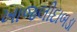
ખાજલીદાબડા